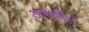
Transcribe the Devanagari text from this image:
अस्थींत